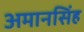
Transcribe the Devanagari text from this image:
अमानसिंह